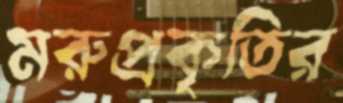
মরুপ্রকৃতির